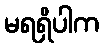
မရရှိပါက